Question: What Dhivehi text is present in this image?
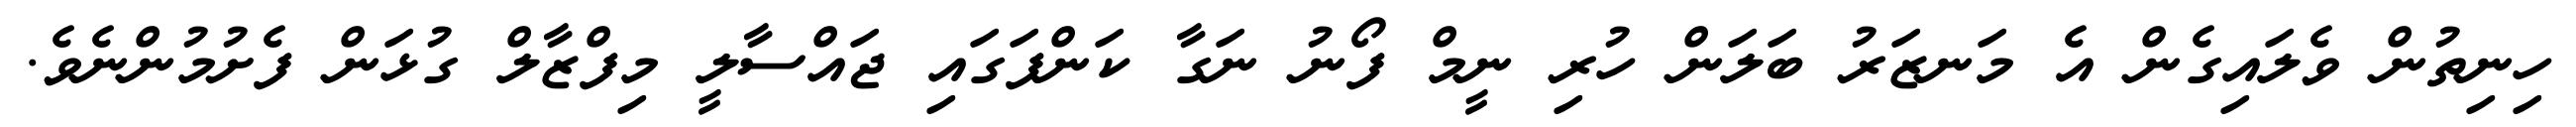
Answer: ހިނިތުން ވެލައިގެން އެ މަނޒަރު ބަލަން ހުރި ނީމް ފޯނު ނަގާ ކަންފަގައި ޖައްސާލީ މިފްޒާލް ގުޅަން ފެށުމުންނެވެ.